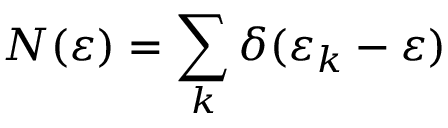
N ( \varepsilon ) = \sum _ { k } \delta ( \varepsilon _ { k } - \varepsilon )